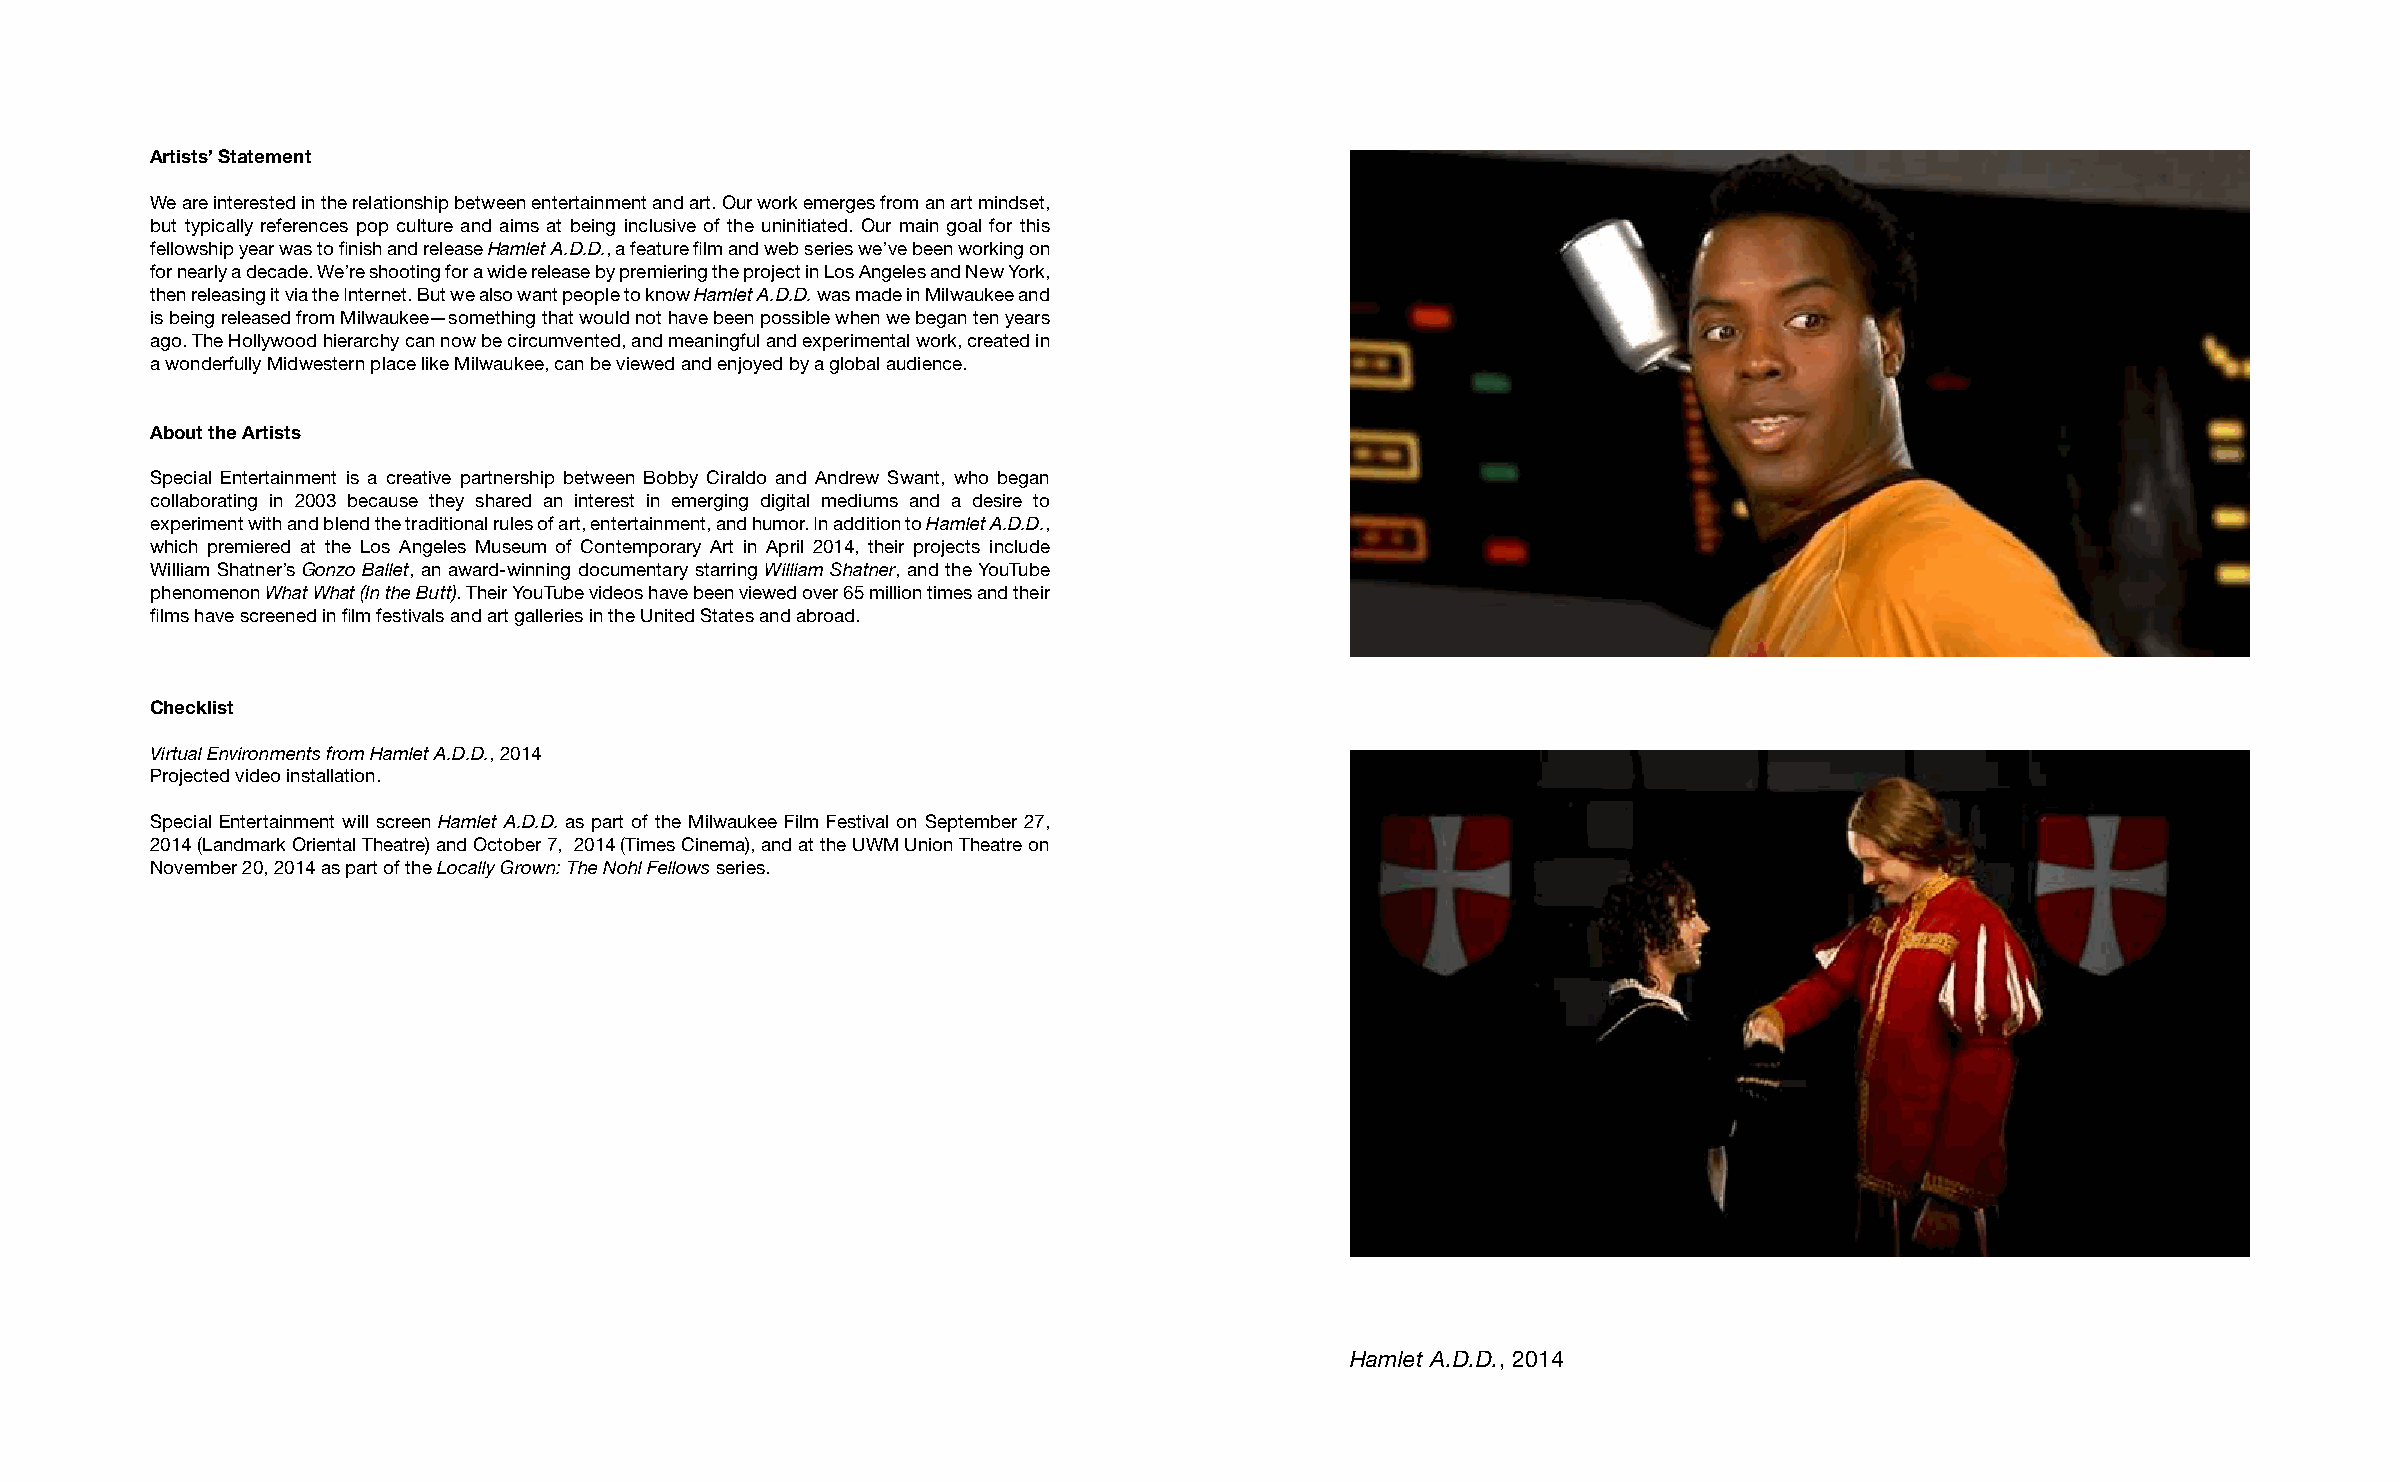
Artists’ Statement
 We are interested in the relationship between entertainment and art. Our work emerges from an art mindset,
 but typically references pop culture and aims at being inclusive of the uninitiated. Our main goal for this
 fellowship year was to finish and release Hamlet A.D.D., a feature film and web series we’ve been working on
 for nearly a decade. We’re shooting for a wide release by premiering the project in Los Angeles and New York,
 then releasing it via the Internet. But we also want people to know Hamlet A.D.D. was made in Milwaukee and
 is being released from Milwaukee—something that would not have been possible when we began ten years
 ago. The Hollywood hierarchy can now be circumvented, and meaningful and experimental work, created in
 a wonderfully Midwestern place like Milwaukee, can be viewed and enjoyed by a global audience.
 About the Artists
 Special Entertainment is a creative partnership between Bobby Ciraldo and Andrew Swant, who began
 collaborating in 2003 because they shared an interest in emerging digital mediums and a desire to
 experiment with and blend the traditional rules of art, entertainment, and humor. In addition to Hamlet A.D.D.,
 which premiered at the Los Angeles Museum of Contemporary Art in April 2014, their projects include
 William Shatner’s Gonzo Ballet, an award-winning documentary starring William Shatner, and the YouTube
 phenomenon What What (In the Butt). Their YouTube videos have been viewed over 65 million times and their
 films have screened in film festivals and art galleries in the United States and abroad.
 Checklist
 Virtual Environments from Hamlet A.D.D., 2014
 Projected video installation.
 Special Entertainment will screen Hamlet A.D.D. as part of the Milwaukee Film Festival on September 27,
 2014 (Landmark Oriental Theatre) and October 7, 2014 (Times Cinema), and at the UWM Union Theatre on
 November 20, 2014 as part of the Locally Grown: The Nohl Fellows series.
 Hamlet A.D.D., 2014